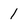
Character: 1